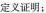
定义证明；